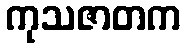
ကုသဇာတက